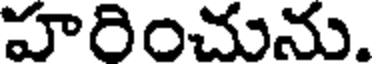
హరించును.